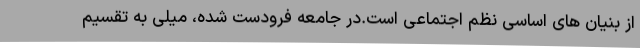
از بنيان های اساسی نظم اجتماعی است.در جامعه فرودست شده، میلی به تقسیم